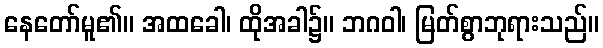
နေတော်မူ၏။ အထခေါ၊ ထိုအခါ၌။ ဘဂဝါ၊ မြတ်စွာဘုရားသည်။